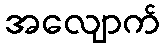
အလျောက်